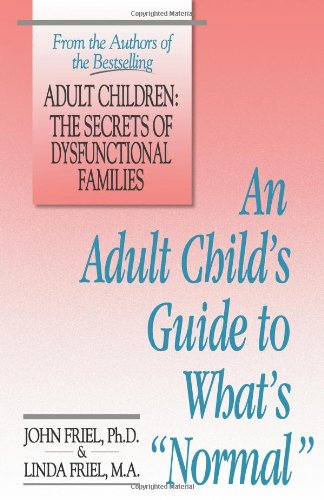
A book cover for An Adult Child's Guide to What's 'Normal'; John Friel; Self-Help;